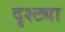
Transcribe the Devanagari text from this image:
दृश्ट्या